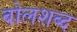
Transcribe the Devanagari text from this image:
बोलशब्द